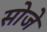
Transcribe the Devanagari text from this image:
सोजे